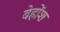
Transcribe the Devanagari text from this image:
बेहोंश